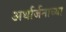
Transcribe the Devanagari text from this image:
अर्थार्जनाच्या